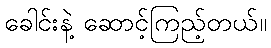
ခေါင်းနဲ့ ဆောင့်ကြည့်တယ်။